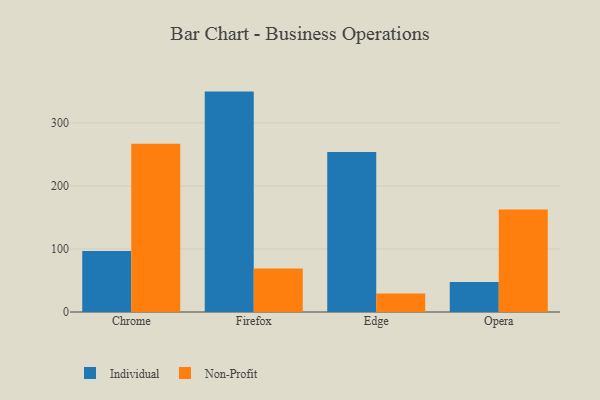
{"axis": {"x": "Browser", "y": "Waste Production (Tons)"}, "legend": ["Individual", "Non-Profit"], "data": [{"x": "Chrome", "y": 96.9, "type": "Individual"}, {"x": "Chrome", "y": 266.9, "type": "Non-Profit"}, {"x": "Firefox", "y": 349.5, "type": "Individual"}, {"x": "Firefox", "y": 69.0, "type": "Non-Profit"}, {"x": "Edge", "y": 253.6, "type": "Individual"}, {"x": "Edge", "y": 29.2, "type": "Non-Profit"}, {"x": "Opera", "y": 47.4, "type": "Individual"}, {"x": "Opera", "y": 162.6, "type": "Non-Profit"}]}